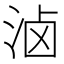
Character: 𰛮